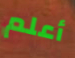
أعلم